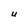
Character: u